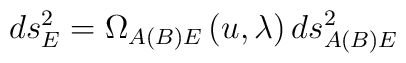
ds_{E}^{2}=\Omega _{A(B)E}\left( u,\lambda \right) ds_{A(B)E}^{2}